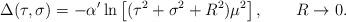
LaTeX: \begin{align*}\Delta(\tau,\sigma) = - \alpha'\ln\left[(\tau^2 + \sigma^2 + R^2)\mu^2\right],\qquad R \rightarrow 0.\end{align*}